Leningradi_Edasi_toimetus, lk 120
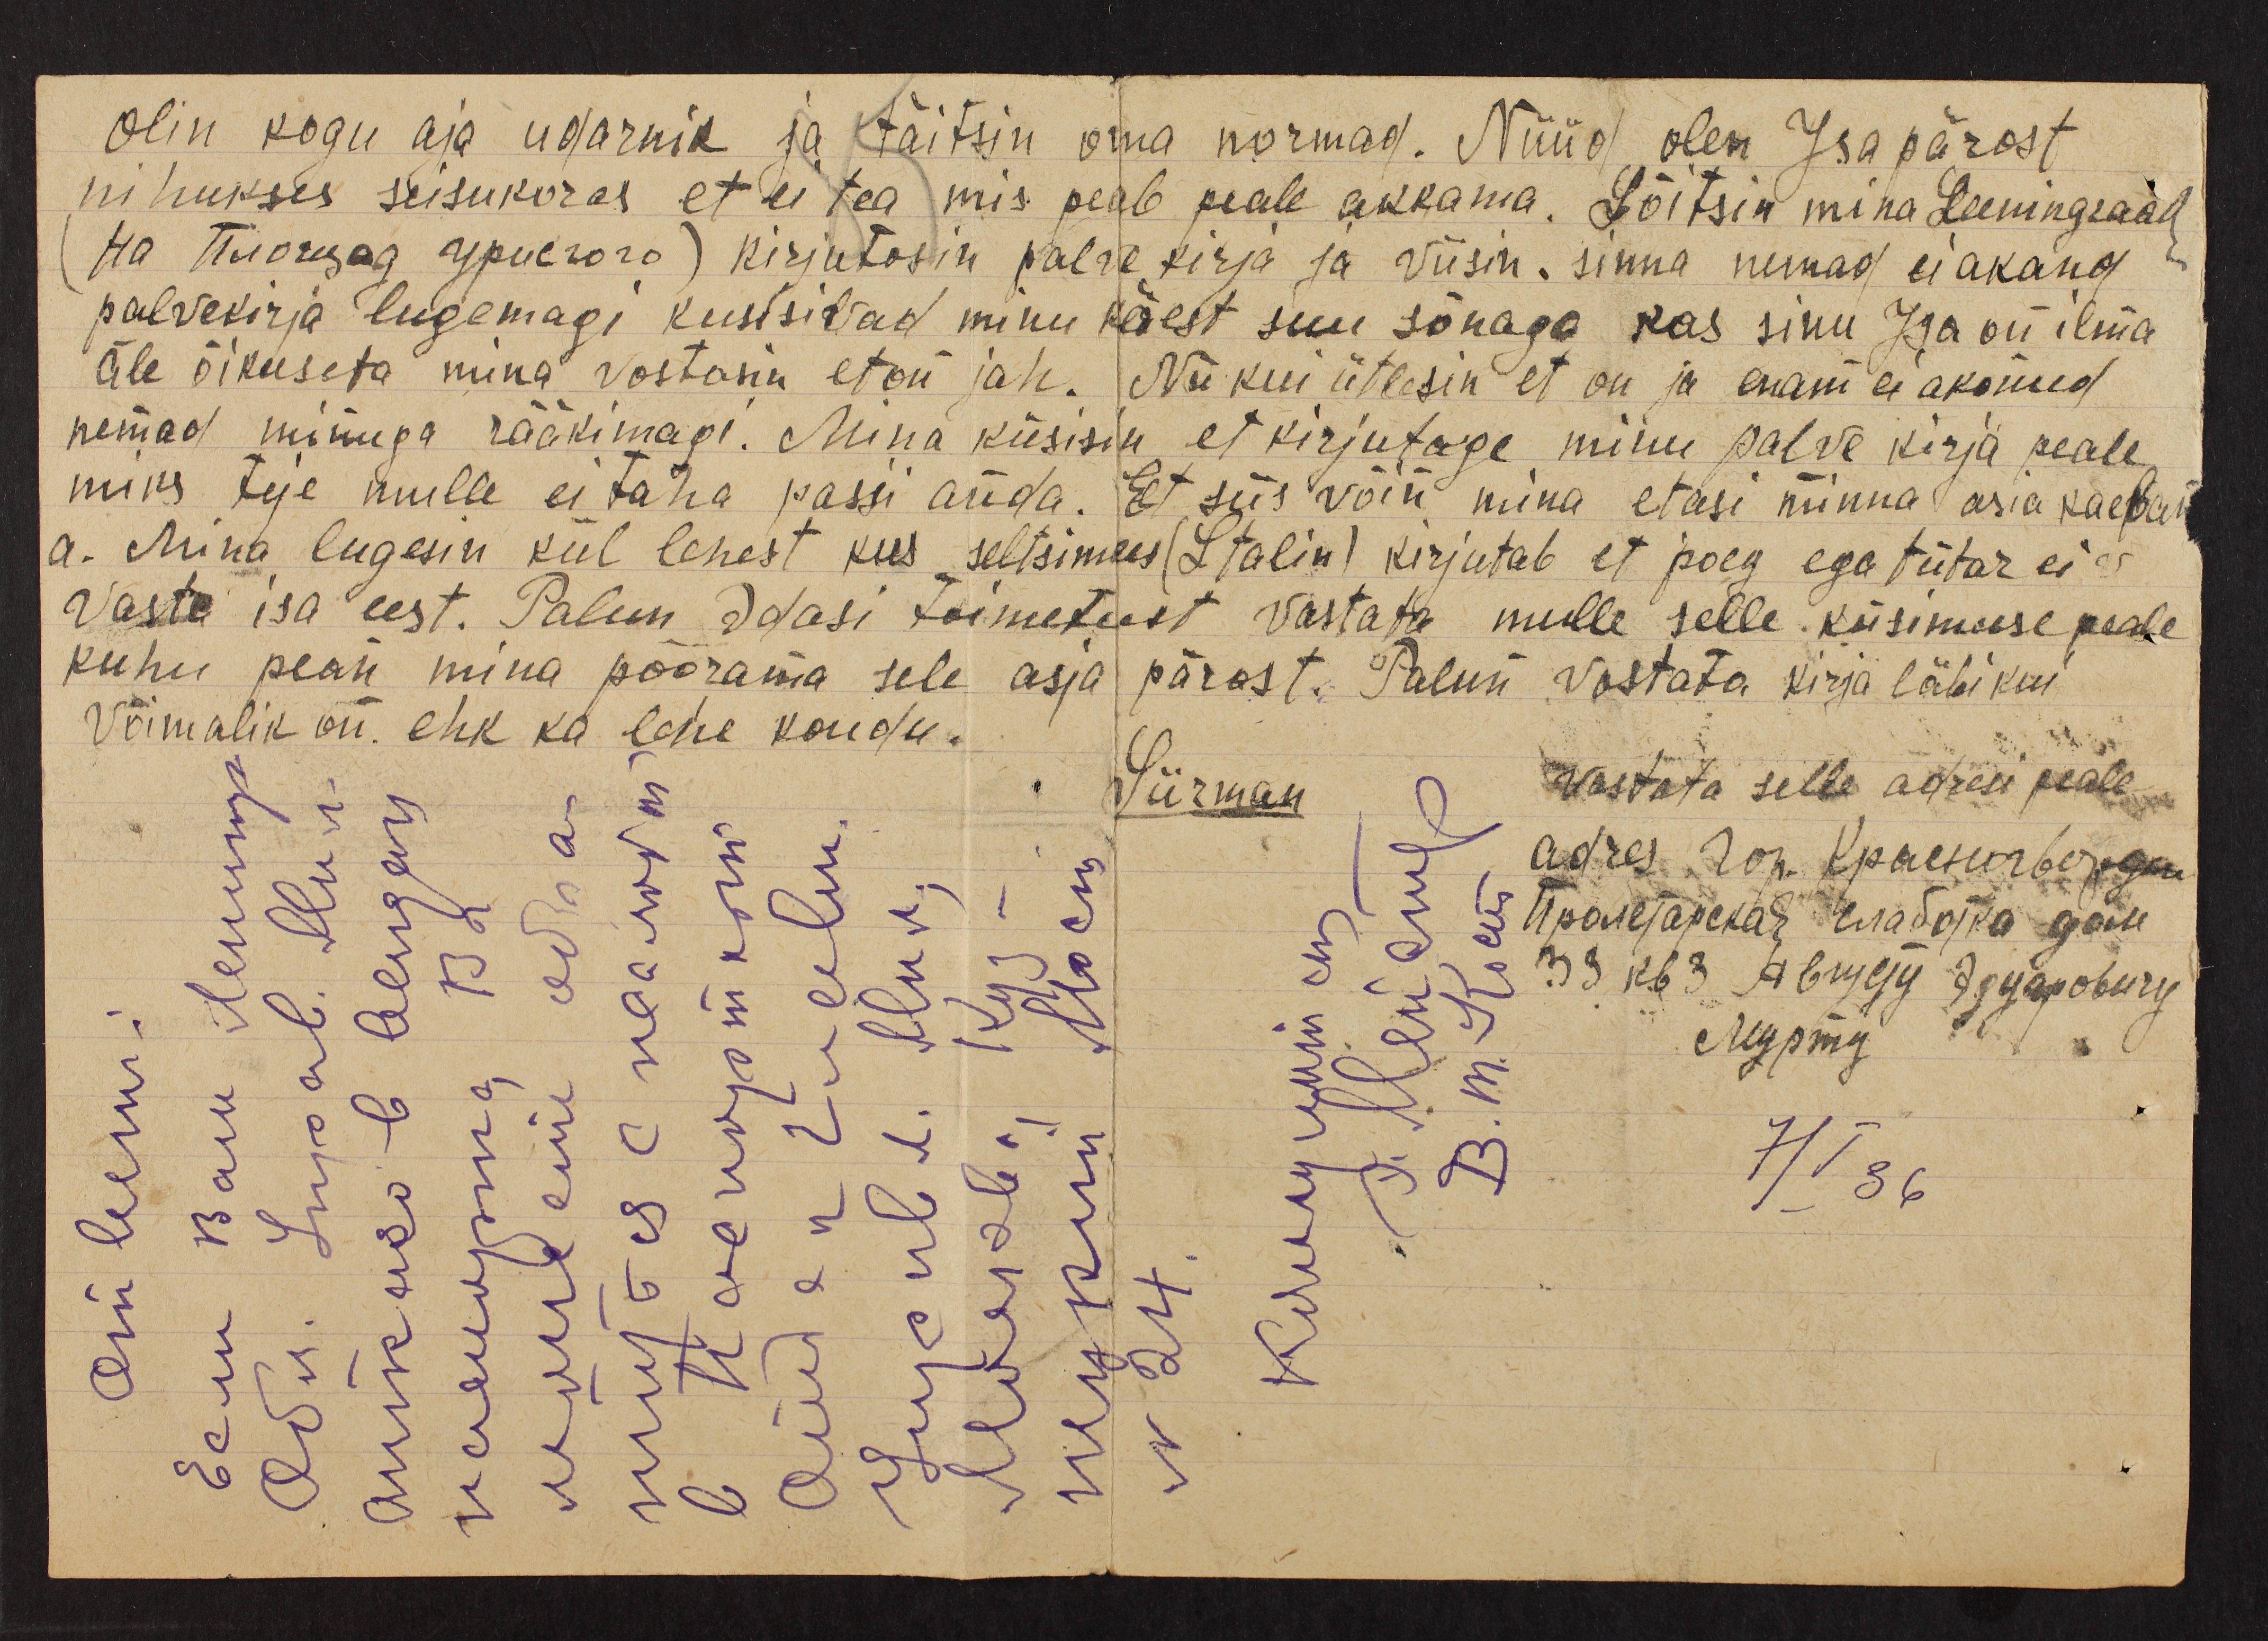
olin kogu aja udarnik ja täitsin oma normad. Nüüd olen Isa pärast
nihukses seisukoras et ei tea mis peab peale akkama. Sõitsin mina Leeringraad
(Ha Tüdrugas дрисгоъ) kirjutasin palwe kirja ja viisin sinna nemad ei akand
palvekirja lugemagi kusisivad minu käest suu sõnaga kas sinu Isa on ilma
äle õikuseta mina võstanu et on jah. Nii kui ütlesin et on ja enam ei akanud
nemad minuga rääkimagi. Mina küsisin et kirjutage minu palve kirja peale,
miks teje mulle ei taha passi anda. Et siis võin mina etasi minna asia kaebam-
a. Mina lugesin kül lehest kus seltsimees (Stalin) kirjutab et poeg ega tütar ei sa
Vasta isa eest. Palun Edasi toimetust vastata mulle selle küsimuse peale
kuhu pean mina pöörduma sele asja pärast. Palun vastata kirja läbi kui
võimalik on. ehk ka lehe kaudu.
Siirman
Wastata selle adresi peale
adres Lok. Краспиверидази
7/V 36.